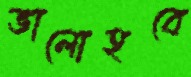
ভালোহবে